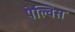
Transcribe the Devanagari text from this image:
पेल्विस